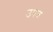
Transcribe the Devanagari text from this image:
उपत्र